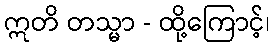
ဣတိ တသ္မာ - ထို့ကြောင့်၊